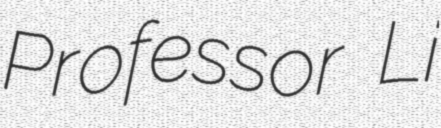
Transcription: Professor Li